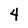
Character: 4